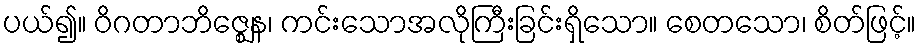
ပယ်၍။ ဝိဂတာဘိဇ္ဈေန၊ ကင်းသောအလိုကြီးခြင်းရှိသော။ စေတသော၊ စိတ်ဖြင့်။